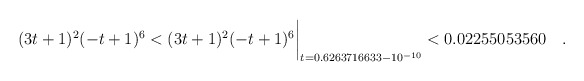
\begin{align*} (3t+1)^2(-t+1)^6& < (3t+1)^2(-t+1)^6\biggr\rvert_{t=0.6263716633 - 10^{-10}} < 0.02255053560 \quad . \end{align*}